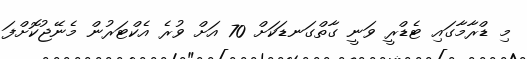
މި ޑްރާމާގައި ޓެޑްރީ ވަނީ ގާތްގަނޑަކަށް 70 އަށް ވުރެ އެކްޓަރުން މެނޭޖުކޮށްފަ